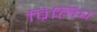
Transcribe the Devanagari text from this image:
प्रिलिप